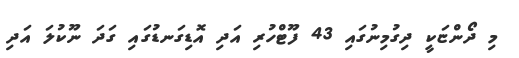
މި ދޯންޏަކީ ދިގުމިނުގައި 43 ފޫޓްހުރި އަދި އޮޑިގަނޑުގައި ގަދަ ނޫކުލަ އަދި